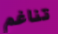
تناغم